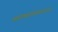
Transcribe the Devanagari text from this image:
सदयमवलोक्योऽहमधुना।